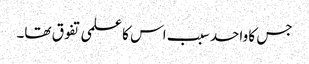
جس کا واحد سبب اس کا علمی تفوق تھا۔